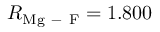
R _ { \mathrm { M g \mathrm { ~ - ~ } F } } = 1 . 8 0 0